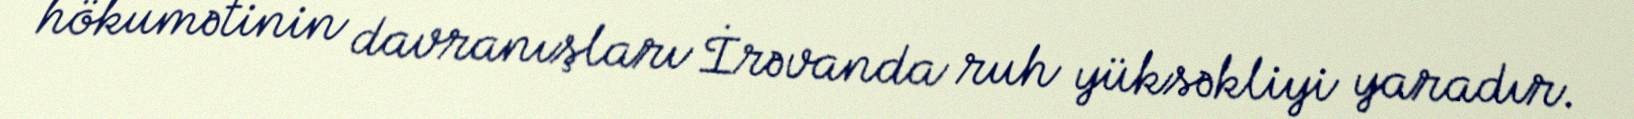
hökumətinin davranışları İrəvanda ruh yüksəkliyi yaradır.